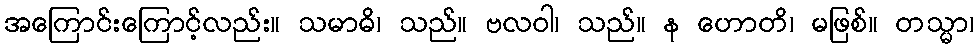
အကြောင်းကြောင့်လည်း။ သမာဓိ၊ သည်။ ဗလဝါ၊ သည်။ န ဟောတိ၊ မဖြစ်။ တသ္မာ၊